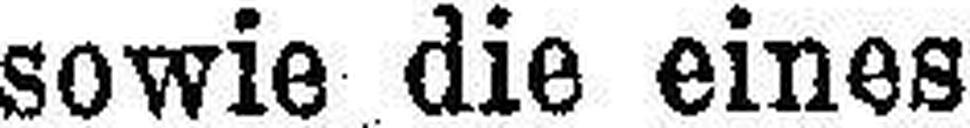
sowie die eines